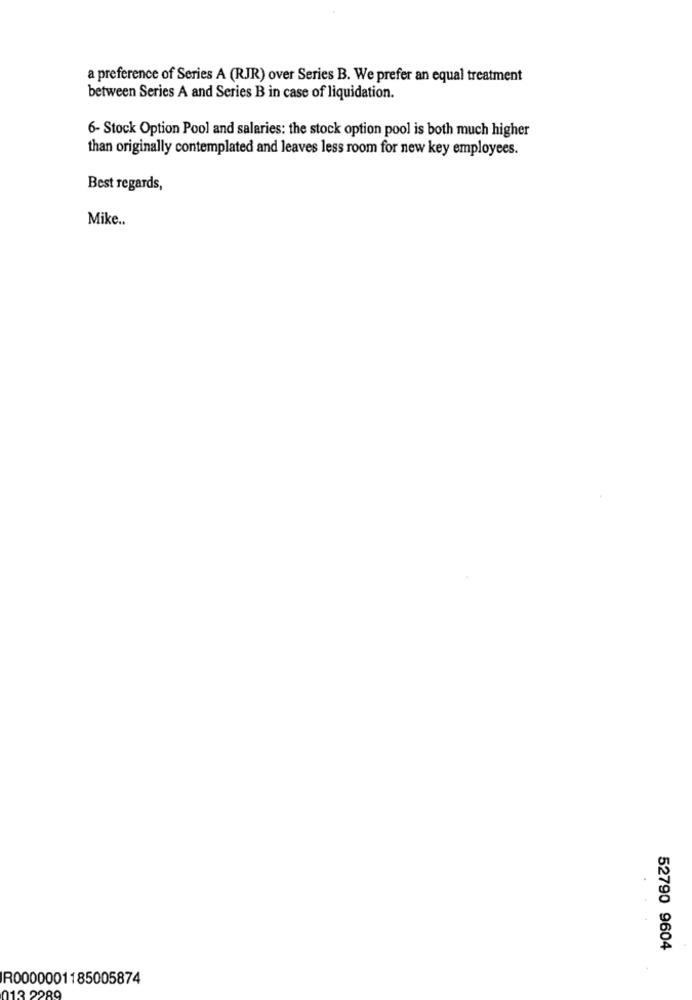
a preference of Series A (RJR) over Series B. We prefer an equal treatment
between Series A and Series B in case of liquidation.
6- Stock Option Pool and salaries: the stock option pool is both much higher
than originally contemplated and leaves less room for new key employees.
Best regards,
Mike ..
52790 9604
R0000001185005874
013 2980